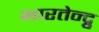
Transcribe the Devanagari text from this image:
भारतेन्द्रु